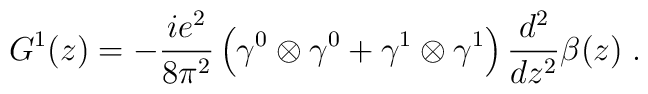
G^1(z)=-\frac{ie^2}{8\pi^2}\left(\gamma^0\otimes\gamma^0 +\gamma^1\otimes\gamma^1\right)\frac{d^2}{dz^2}\beta(z)\; .